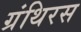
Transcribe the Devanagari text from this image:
ग्रंथिरस